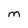
Character: m